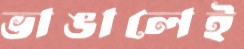
ভাঙালেই